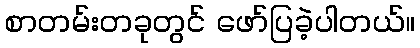
စာတမ်းတခုတွင် ဖော်ပြခဲ့ပါတယ်။